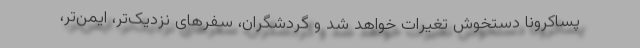
پساکرونا دستخوش تغیرات خواهد شد و گردشگران، سفرهای نزدیک‌تر، ایمن‌تر،